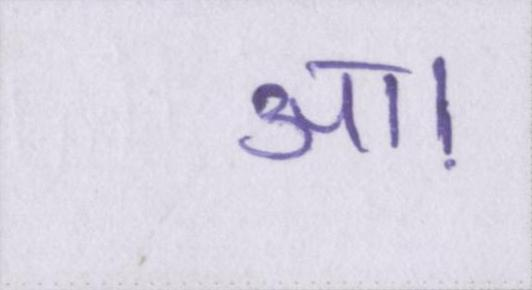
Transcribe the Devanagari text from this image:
आ।